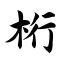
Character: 桁